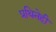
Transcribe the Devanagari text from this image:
प्रथिनेही